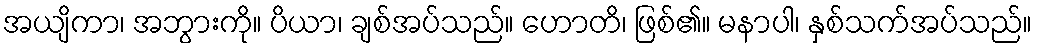
အယျိကာ၊ အဘွားကို။ ပိယာ၊ ချစ်အပ်သည်။ ဟောတိ၊ ဖြစ်၏။ မနာပါ၊ နှစ်သက်အပ်သည်။